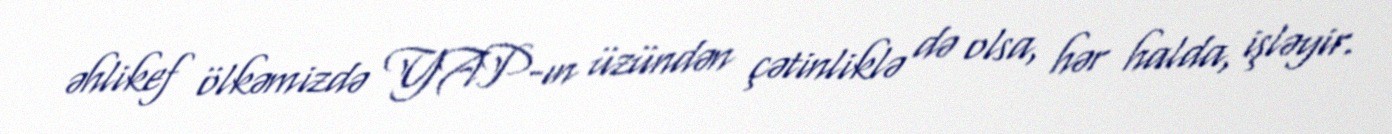
əhlikef ölkəmizdə YAP-ın üzündən çətinliklə də olsa, hər halda, işləyir.